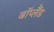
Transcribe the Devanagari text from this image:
बॉप्लैंड